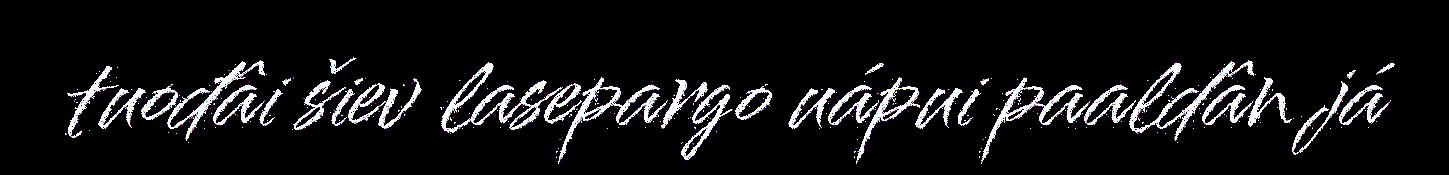
tuođâi šiev lasepargo uápui paaldân já